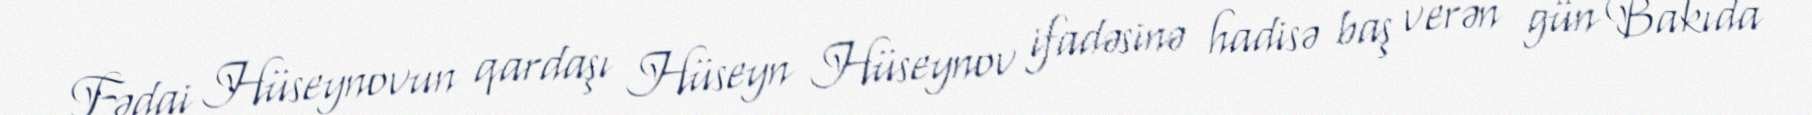
Fədai Hüseynovun qardaşı Hüseyn Hüseynov ifadəsinə hadisə baş verən gün Bakıda